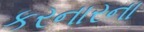
કરનારના